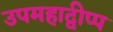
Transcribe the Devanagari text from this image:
उपमहाद्वीप्प